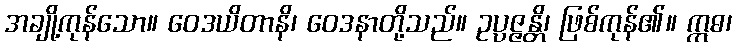
အချို့ကုန်သော။ ဝေဒယိတာနိ၊ ဝေဒနာတို့သည်။ ဥပ္ပဇ္ဇန္တိ၊ ဖြစ်ကုန်၏။ ဣဓ၊